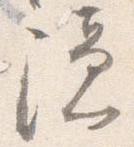
隠